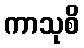
ကာသုစိ